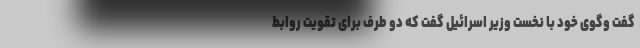
گفت وگوی خود با نخست وزیر اسرائیل گفت که دو طرف برای تقویت روابط